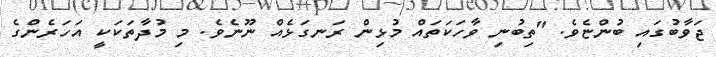
ޖަވާބުގައި ބުންޏެވެ. "ތިބުނި ވާހަކަތައް މުޅިން ރަނގަޅެއް ނޫނެވެ. މި މުދާތަކަކީ އަހަރެންގެ